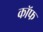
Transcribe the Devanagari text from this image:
कॉफ